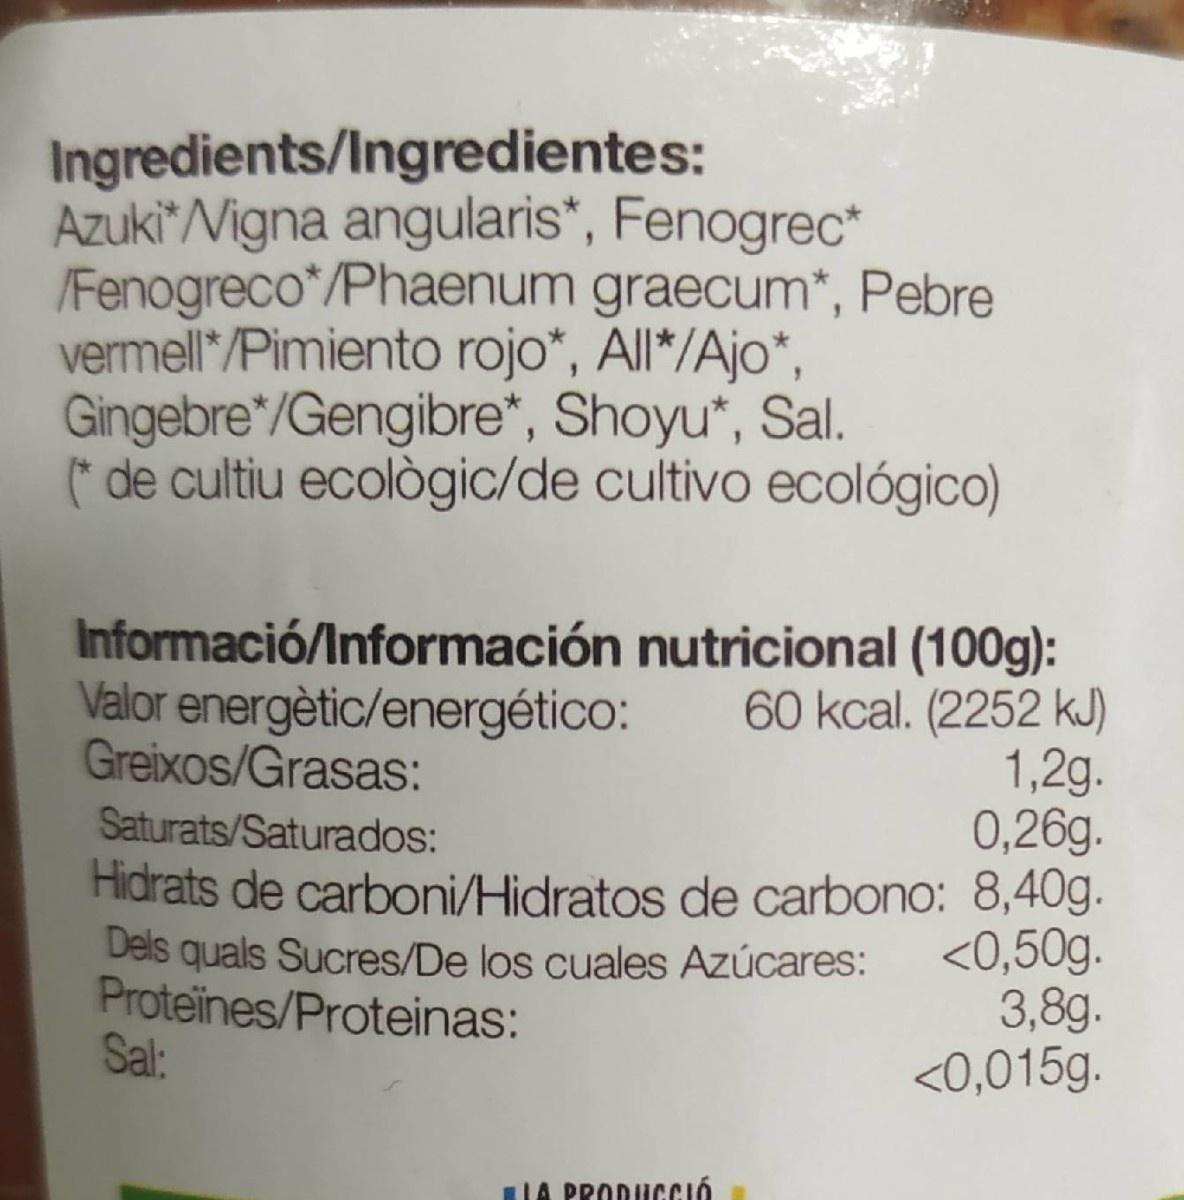
Ingredients/Ingredientes: Azuki*Nigna angularis*, Fenogrec* /Fenogreco*/Phaenum graecum*, Pebre vermell /Pimiento rojo*, All*/Ajo*, Gingebre*/Gengibre*, Shoyu", Sal. de cultiu ecològic/de cultivo ecológico)
Informació/Información nutricional (100g): 60 kcal. (2252 kJ) 1,2g. 0,26g. Hidrats de carboni/Hidratos de carbono: 8,40g. <0,50g. 3,8g. <0,015g.
Valor energètic/energético: Greixos/Grasas:
Saturats/Saturados:
Dels quals Sucres/De los cuales Azúcares: Proteines/Proteinas: Sal:
LIA PRODUCCIÓ